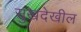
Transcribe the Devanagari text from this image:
सुखदेखील